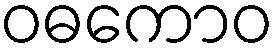
ဝဓကောဝ